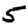
Digit: 5